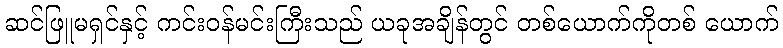
ဆင်ဖြူမရှင်နှင့် ကင်းဝန်မင်းကြီးသည် ယခုအချိန်တွင် တစ်ယောက်ကိုတစ် ယောက်